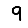
Digit: 9